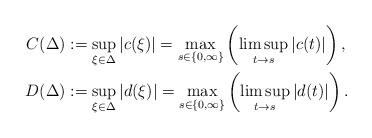
LaTeX: \begin{align*}C(\Delta)&:=\sup_{\xi\in\Delta}|c(\xi)|=\max_{s\in\{0,\infty\}}\left(\limsup_{t\to s}|c(t)|\right),\\D(\Delta)&:=\sup_{\xi\in\Delta}|d(\xi)|=\max_{s\in\{0,\infty\}}\left(\limsup_{t\to s}|d(t)|\right).\end{align*}